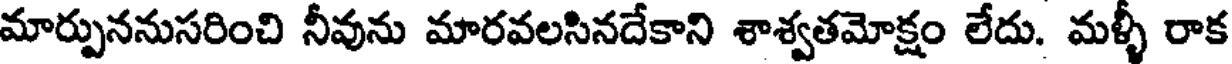
మార్పుననుసరించి నీవును మారవలసినదేకాని శాశ్వతమోక్షం లేదు. మళ్ళీ రాక